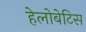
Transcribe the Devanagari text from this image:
हेलोबेटिस